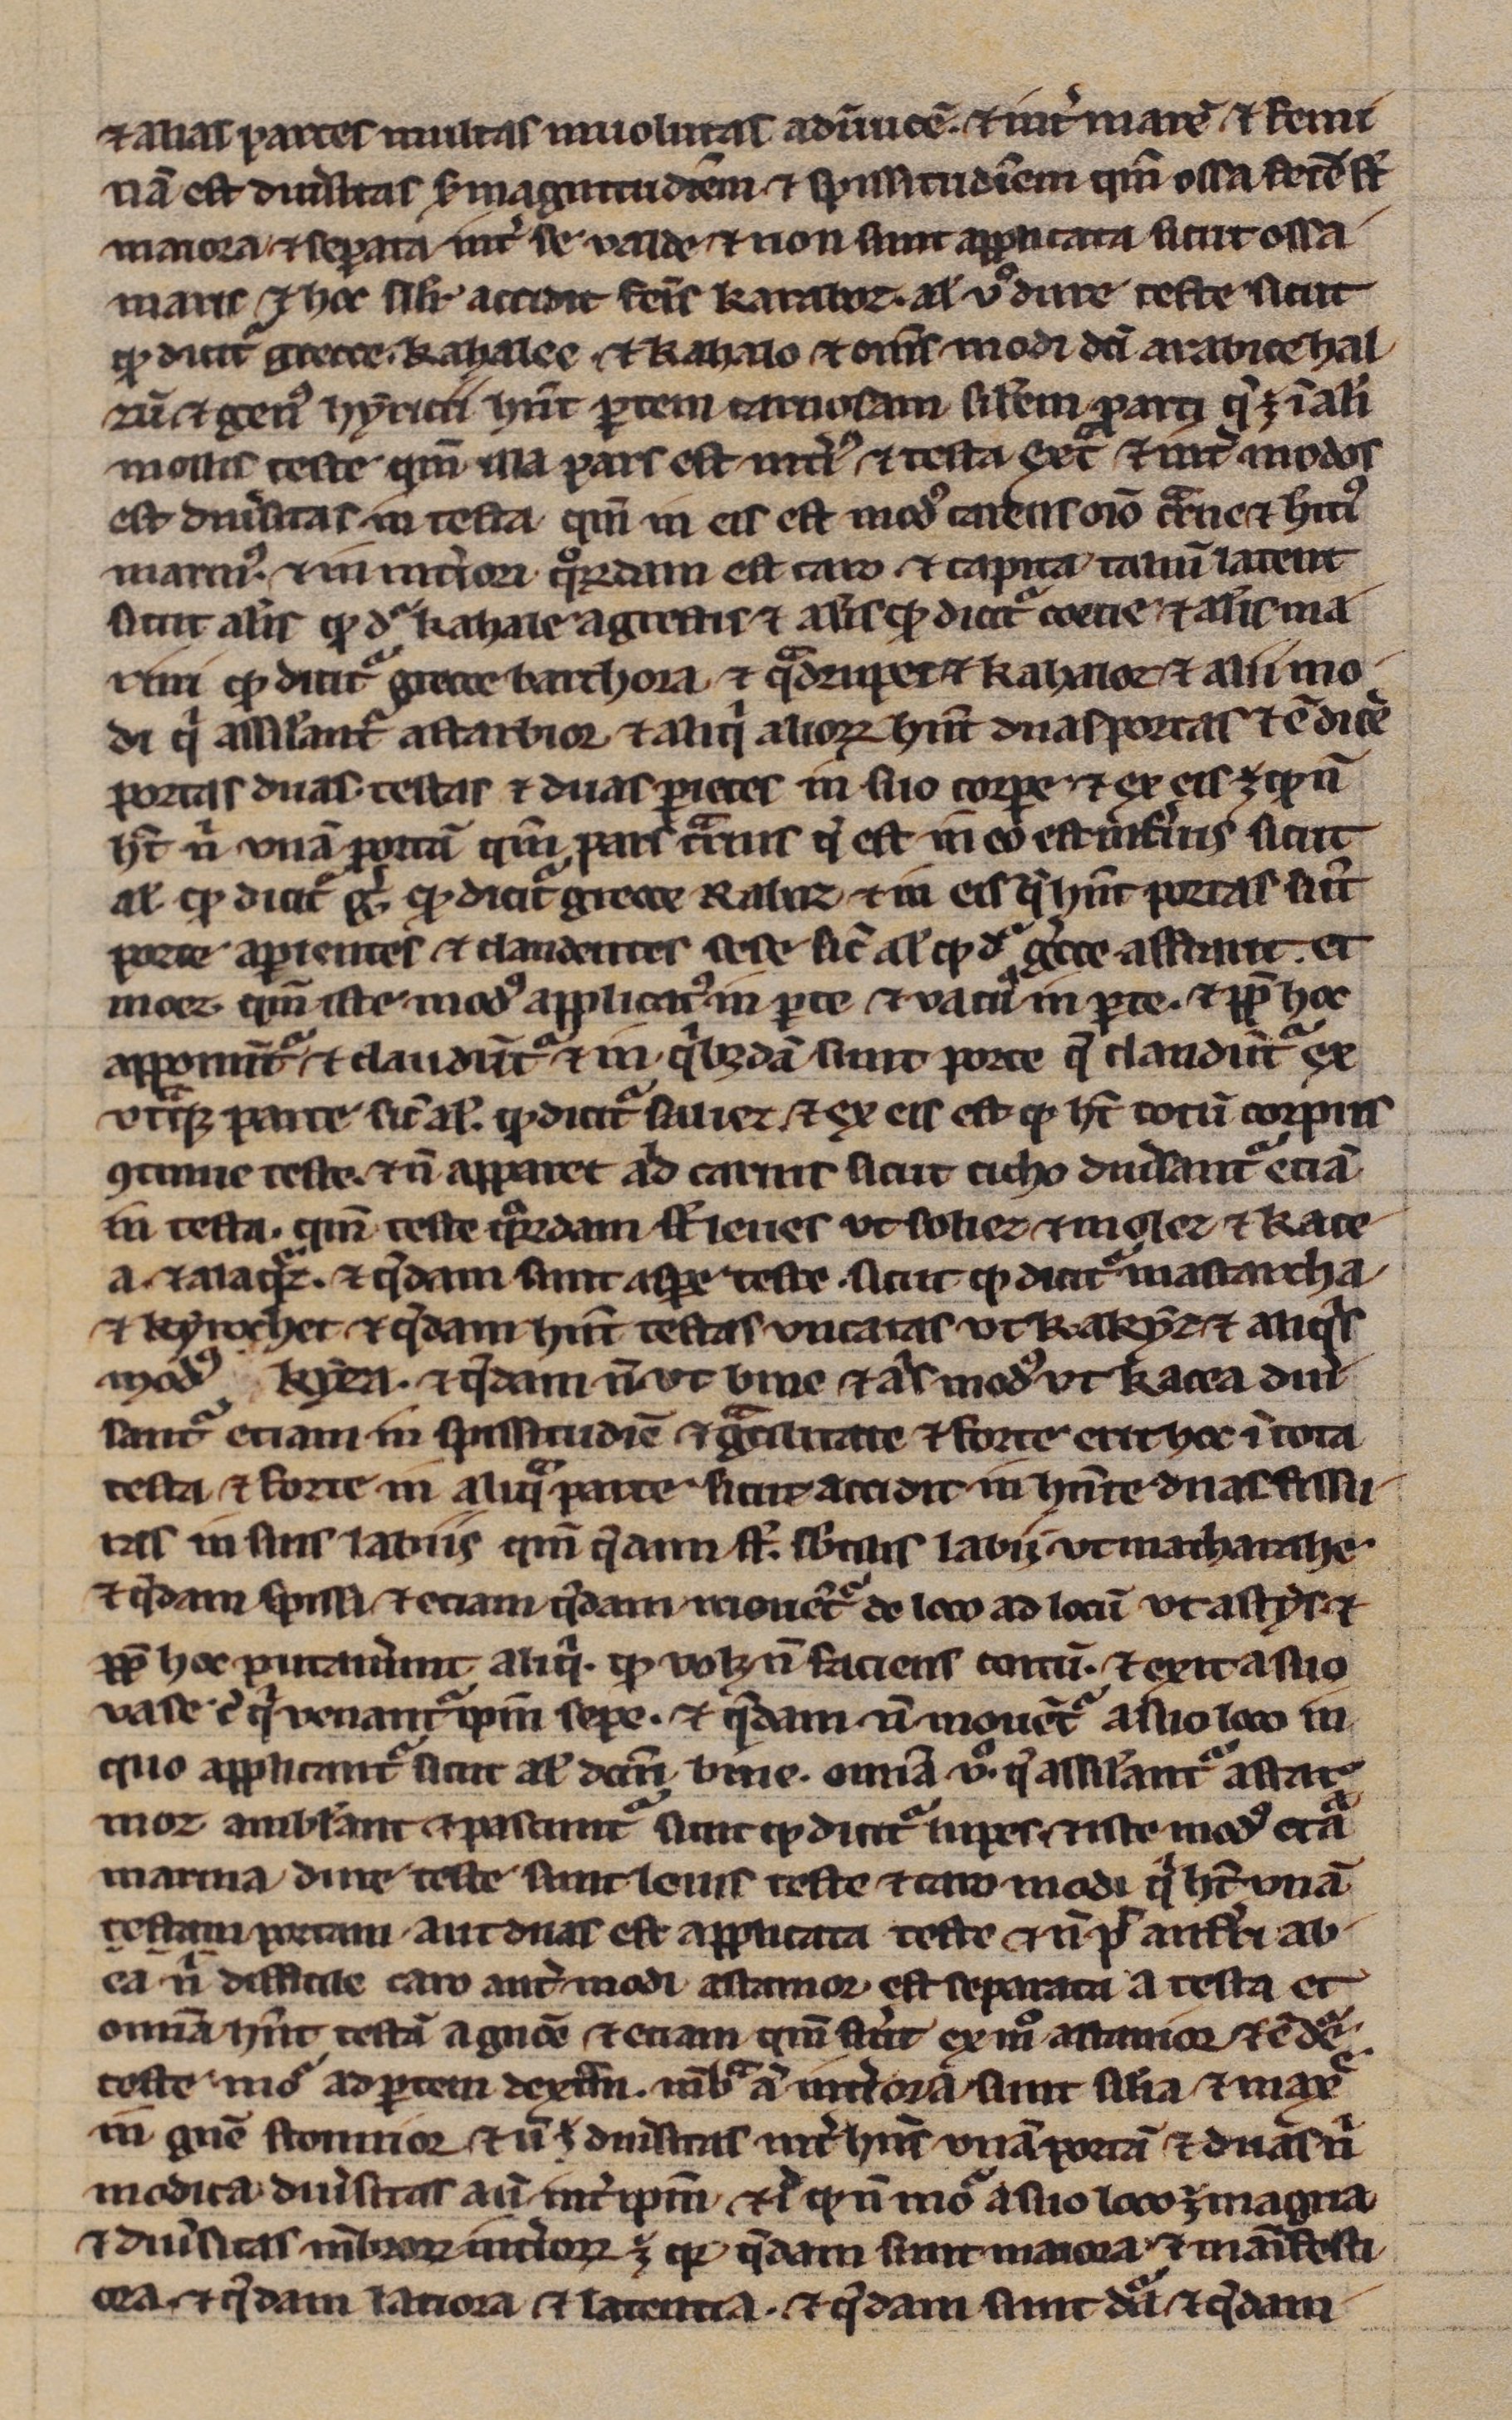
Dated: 1200–1299